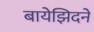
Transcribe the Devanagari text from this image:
बायेझिदने